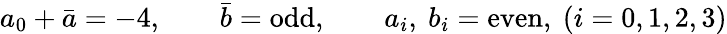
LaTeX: a_{0}+\bar{a}=-4,\qquad\bar{b}=\mathrm{odd},\qquad a_{i},\ b_{i}=\mathrm{even},\ (i=0,1,2,3)